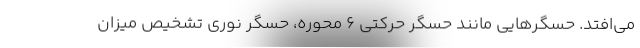
می‌افتد. حسگرهایی مانند حسگر حرکتی 6 محوره، حسگر نوری تشخیص میزان